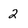
Character: 2